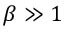
\beta \gg 1